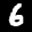
Label: 6